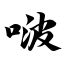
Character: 啵